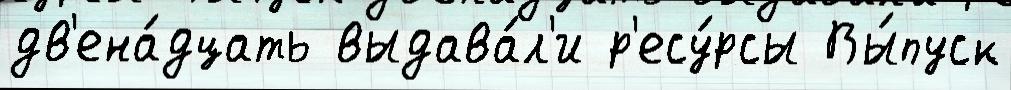
дв'ена́дцать выдава́л'и р'есу́рсы Вы́пуск